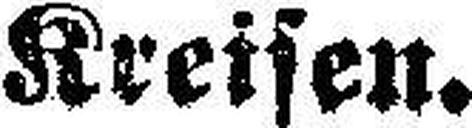
Kreisen.